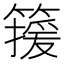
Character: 𬕯